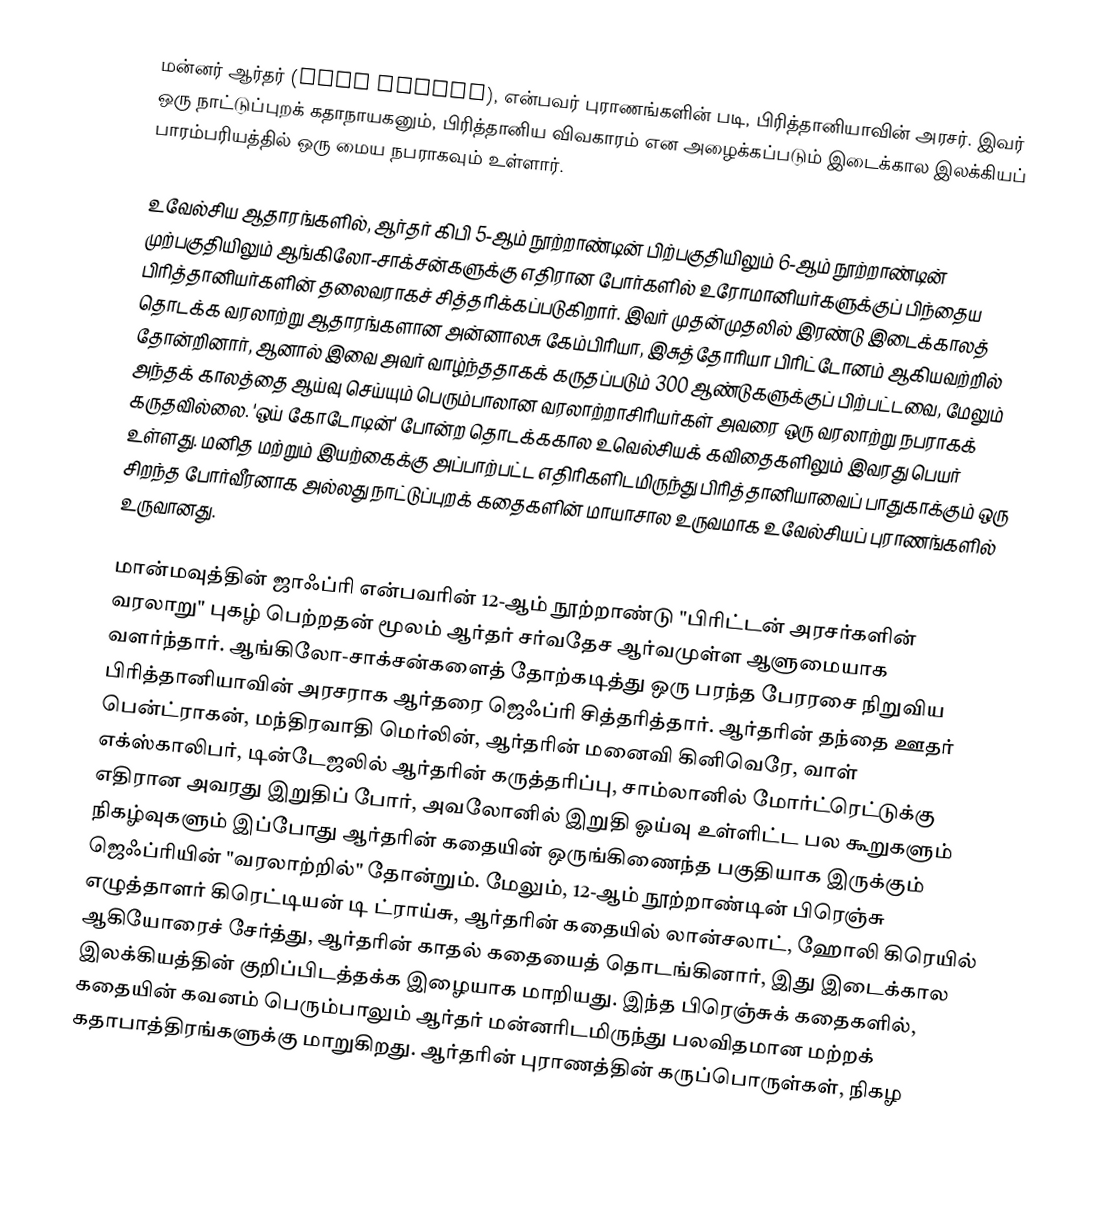
மன்னர் ஆர்தர் (King Arthur), என்பவர் புராணங்களின் படி, பிரித்தானியாவின் அரசர். இவர் ஒரு நாட்டுப்புறக் கதாநாயகனும், பிரித்தானிய விவகாரம் என அழைக்கப்படும் இடைக்கால இலக்கியப் பாரம்பரியத்தில் ஒரு மைய நபராகவும் உள்ளார்.

உவேல்சிய ஆதாரங்களில், ஆர்தர் கிபி 5-ஆம் நூற்றாண்டின் பிற்பகுதியிலும் 6-ஆம் நூற்றாண்டின் முற்பகுதியிலும் ஆங்கிலோ-சாக்சன்களுக்கு எதிரான போர்களில் உரோமானியர்களுக்குப் பிந்தைய பிரித்தானியர்களின் தலைவராகச் சித்தரிக்கப்படுகிறார். இவர் முதன்முதலில் இரண்டு இடைக்காலத் தொடக்க வரலாற்று ஆதாரங்களான அன்னாலசு கேம்பிரியா, இசுத்தோரியா பிரிட்டோனம் ஆகியவற்றில் தோன்றினார், ஆனால் இவை அவர் வாழ்ந்ததாகக் கருதப்படும் 300 ஆண்டுகளுக்குப் பிற்பட்டவை, மேலும் அந்தக் காலத்தை ஆய்வு செய்யும் பெரும்பாலான வரலாற்றாசிரியர்கள் அவரை ஒரு வரலாற்று நபராகக் கருதவில்லை. 'ஒய் கோடோடின்' போன்ற தொடக்ககால உவெல்சியக் கவிதைகளிலும் இவரது பெயர் உள்ளது. மனித மற்றும் இயற்கைக்கு அப்பாற்பட்ட எதிரிகளிடமிருந்து பிரித்தானியாவைப் பாதுகாக்கும் ஒரு சிறந்த போர்வீரனாக அல்லது நாட்டுப்புறக் கதைகளின் மாயாசால உருவமாக உவேல்சியப் புராணங்களில் உருவானது.

மான்மவுத்தின் ஜாஃப்ரி என்பவரின் 12-ஆம் நூற்றாண்டு "பிரிட்டன் அரசர்களின் வரலாறு" புகழ் பெற்றதன் மூலம் ஆர்தர் சர்வதேச ஆர்வமுள்ள ஆளுமையாக வளர்ந்தார். ஆங்கிலோ-சாக்சன்களைத் தோற்கடித்து ஒரு பரந்த பேரரசை நிறுவிய பிரித்தானியாவின் அரசராக ஆர்தரை ஜெஃப்ரி சித்தரித்தார். ஆர்தரின் தந்தை ஊதர் பென்ட்ராகன், மந்திரவாதி மெர்லின், ஆர்தரின் மனைவி கினிவெரே, வாள் எக்ஸ்காலிபர், டின்டேஜலில் ஆர்தரின் கருத்தரிப்பு, சாம்லானில் மோர்ட்ரெட்டுக்கு எதிரான அவரது இறுதிப் போர், அவலோனில் இறுதி ஓய்வு உள்ளிட்ட பல கூறுகளும் நிகழ்வுகளும் இப்போது ஆர்தரின் கதையின் ஒருங்கிணைந்த பகுதியாக இருக்கும் ஜெஃப்ரியின் "வரலாற்றில்" தோன்றும். மேலும், 12-ஆம் நூற்றாண்டின் பிரெஞ்சு எழுத்தாளர் கிரெட்டியன் டி ட்ராய்சு, ஆர்தரின் கதையில் லான்சலாட், ஹோலி கிரெயில் ஆகியோரைச் சேர்த்து, ஆர்தரின் காதல் கதையைத் தொடங்கினார், இது இடைக்கால இலக்கியத்தின் குறிப்பிடத்தக்க இழையாக மாறியது. இந்த பிரெஞ்சுக் கதைகளில், கதையின் கவனம் பெரும்பாலும் ஆர்தர் மன்னரிடமிருந்து பலவிதமான மற்றக் கதாபாத்திரங்களுக்கு மாறுகிறது. ஆர்தரின் புராணத்தின் கருப்பொருள்கள், நிகழ